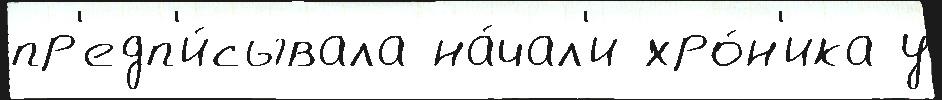
пр'едп'и́сывала на́чал'и хро́н'ика у